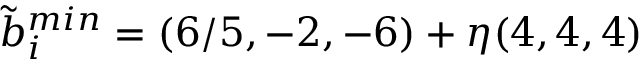
\tilde { b } _ { i } ^ { m i n } = ( 6 / 5 , - 2 , - 6 ) + \eta ( 4 , 4 , 4 )